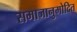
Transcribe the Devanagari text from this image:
समाजानुमोदित